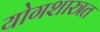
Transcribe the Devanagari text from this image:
योगशास्त्रत